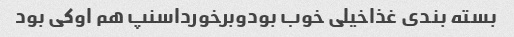
بسته بندی غذاخیلی خوب بودوبرخورداسنپ هم اوکی بود